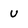
Character: u